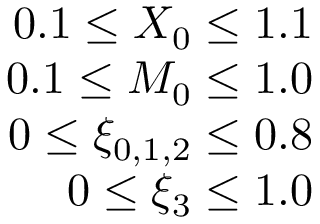
\begin{array} { r } { 0 . 1 \leq X _ { 0 } \leq 1 . 1 } \\ { 0 . 1 \leq M _ { 0 } \leq 1 . 0 } \\ { 0 \leq \xi _ { 0 , 1 , 2 } \leq 0 . 8 } \\ { 0 \leq \xi _ { 3 } \leq 1 . 0 } \end{array}